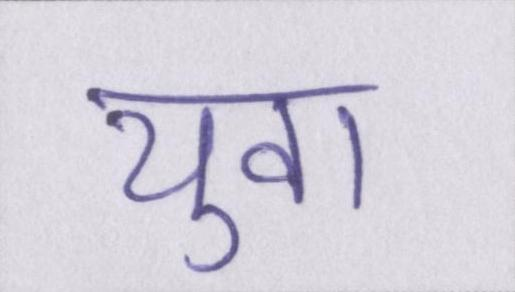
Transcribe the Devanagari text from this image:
युवा